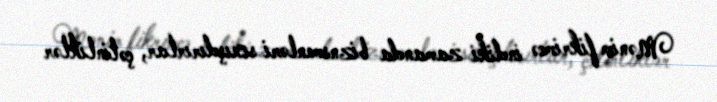
Mənim fikrimcə indiki zamanda biznsmenləri sıxışdırırlar, çətinliklər